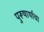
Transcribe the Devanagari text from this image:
पुरूषार्थाचा